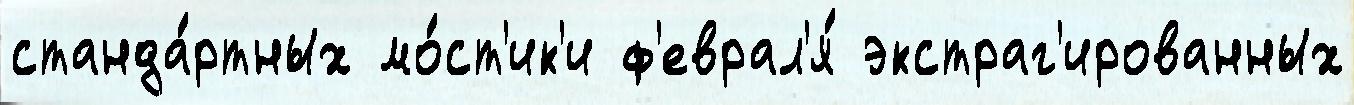
станда́ртных мо́ст'ик'и ф'еврал'я́ экстраг'ированных